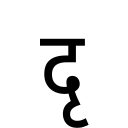
OCR:
दृ